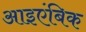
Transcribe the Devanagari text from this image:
आइएंबिक